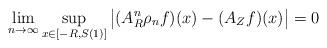
LaTeX: \begin{align*}\lim_{n \to \infty}\sup_{x\in[-R,S(1)]}\big| (A^{n}_R \rho_{n}f)(x)-(A_Z f)(x)\big|=0\end{align*}